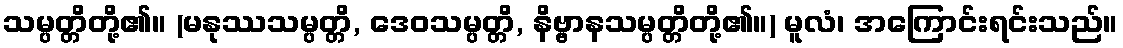
သမ္ပတ္တိတို့၏။ (မနုဿသမ္ပတ္တိ, ဒေဝသမ္ပတ္တိ, နိဗ္ဗာနသမ္ပတ္တိတို့၏။) မူလံ၊ အကြောင်းရင်းသည်။